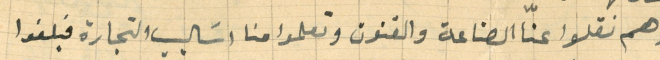
وهم نقلوا عنّا الصناعة والفنون وتعلموا منا اسَاليب التجارة فبلغوا